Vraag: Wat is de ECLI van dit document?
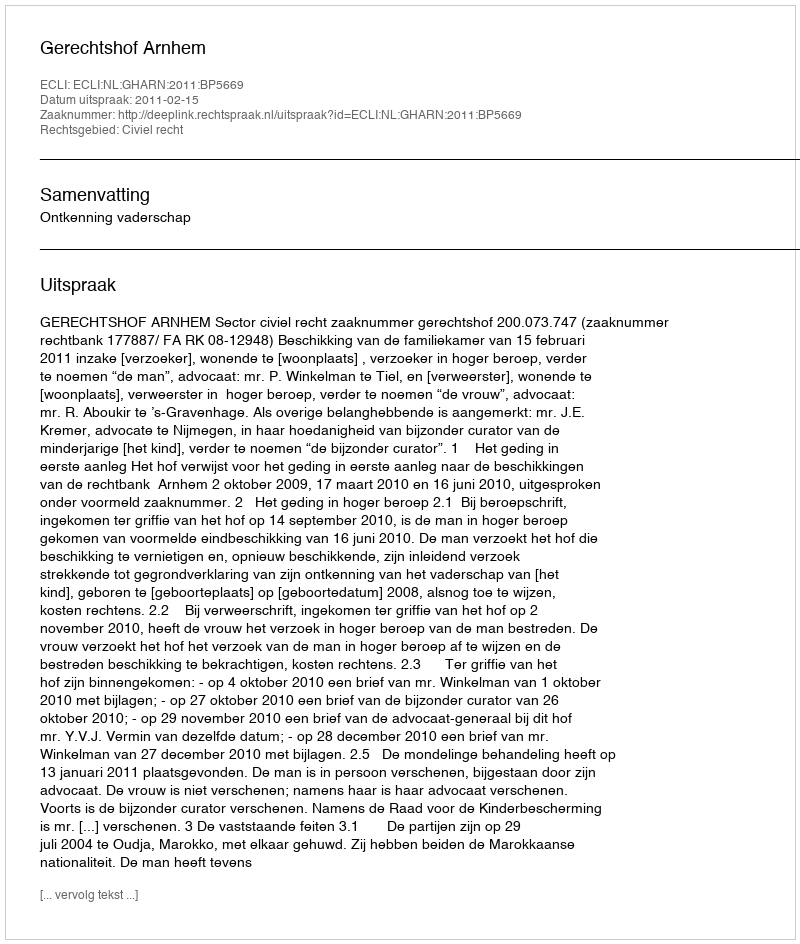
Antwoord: ECLI:NL:GHARN:2011:BP5669